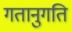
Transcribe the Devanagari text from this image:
गतानुगति